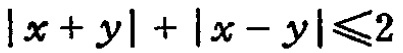
\(|x + y| + |x - y|\leqslant2\)